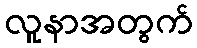
လူနာအတွက်